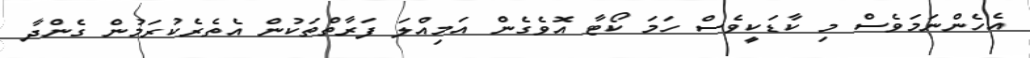
އެހެންނަމަވެސް މި ކާޑަކީވެސް ހަމަ ކޯޓާ އޮވެގެން އަމިއްލަ ފަރާތްތަކުން އެތެރެކުރަމުން ގެންދާ